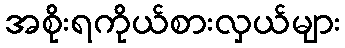
အစိုးရကိုယ်စားလှယ်များ